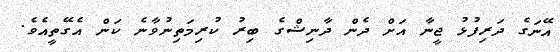
އޭނަގެ ދަރިފުޅު ޖީނާ އަށް ދެން ދާނިޝްގެ ބިރު ކުރިމަތިނުވާނެ ކަން އެގޭތީއެވެ.